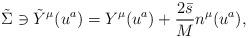
LaTeX: \begin{align*}\tilde{\Sigma} \ni \tilde{Y}^{\mu}(u^a) = Y^{\mu}(u^a) + \frac{2\bar{s}}{M} n^{\mu}(u^a),\end{align*}